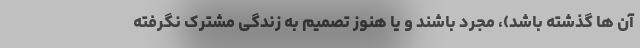
آن ها گذشته باشد)، مجرد باشند و یا هنوز تصمیم به زندگی مشترک نگرفته